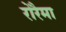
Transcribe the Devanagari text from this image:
रोरैमा